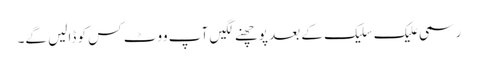
رسمی علیک سلیک کے بعد پوچھنے لگیں آپ ووٹ کس کو ڈالیں گے۔